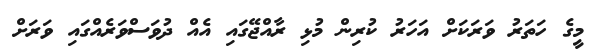
މީގެ ހަތަރު ވަރަކަށް އަހަރު ކުރިން މުޅި ރާއްޖޭގައި އެއް ދުވަސްވަރެއްގައި ވަރަށް